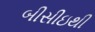
બીસીઇથી